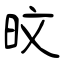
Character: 旼